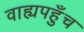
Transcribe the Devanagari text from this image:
वाह्यपहुँच